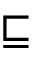
\sqsubseteq